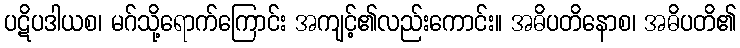
ပဋိပဒါယစ၊ မဂ်သို့ရောက်ကြောင်း အကျင့်၏လည်းကောင်း။ အဓိပတိနောစ၊ အဓိပတိ၏